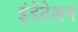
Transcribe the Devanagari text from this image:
इंडेंटेशन